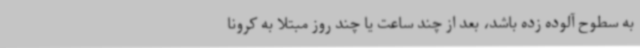
به سطوح آلوده زده باشد، بعد از چند ساعت یا چند روز مبتلا به کرونا